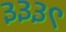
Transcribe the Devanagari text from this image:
३३३९